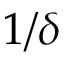
1 / \delta